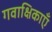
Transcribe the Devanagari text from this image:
गवाक्षिकाएँ